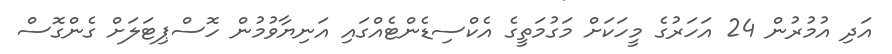
އަދި އުމުރުން 24 އަހަރުގެ މީހަކަށް މަގުމަތީގެ އެކްސިޑެންޓެއްގައި އަނިޔާވުމުން ހޮސްޕިޓަލަށް ގެންގޮސް